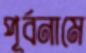
পূর্বনামে